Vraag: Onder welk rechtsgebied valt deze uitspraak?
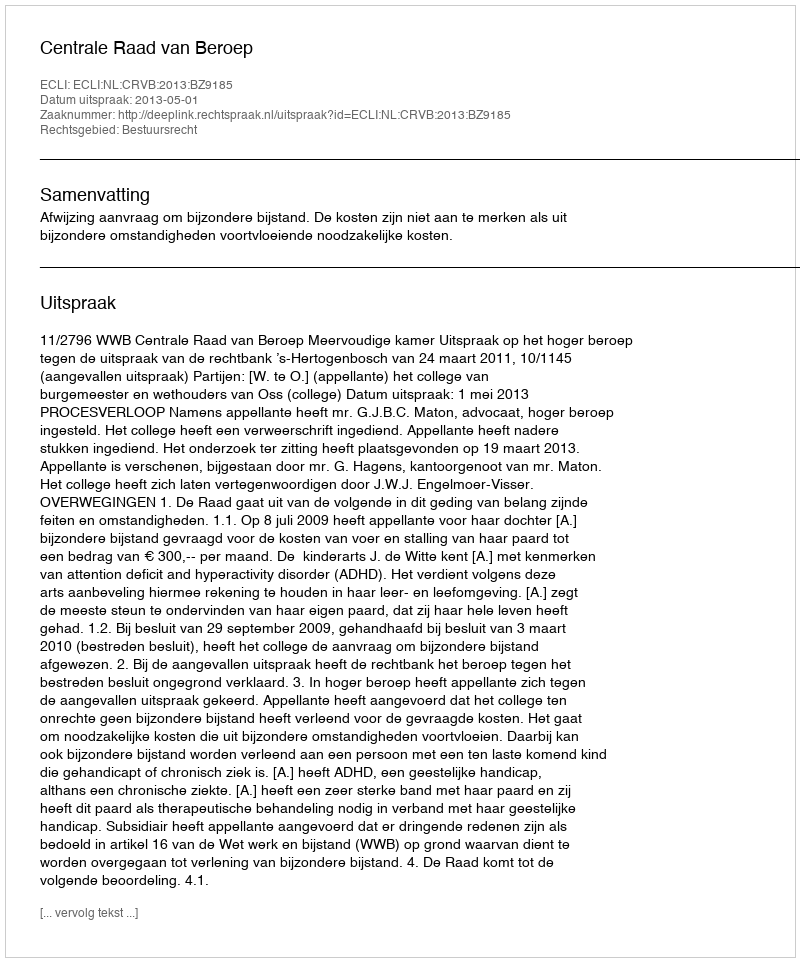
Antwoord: Bestuursrecht